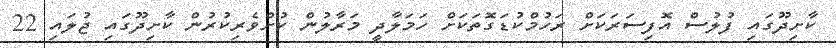
ކާށިދޫގައި ފުލުސް އޮފިސަރަކަށް ރަހުމްކުޑަގޮތަކަށް ހަމަލާދީ މަރާލުން ކުށްވެރިކުރުން ކާށިދޫގައި ޖުލައި 22